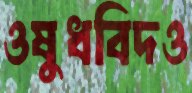
ওষুধবিদও